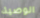
الوصية